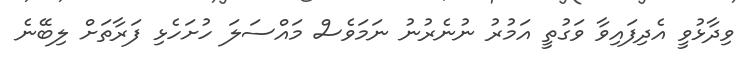
ވިދާޅުވީ އެދިފައިވާ ވަގުތީ އަމުރު ނުނެރުނު ނަމަވެސް މައްސަލަ ހުށަހެޅި ފަރާތަށް ލިބޭނެ